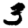
Digit: 3